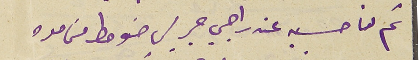
ثم لنا حسبه عند راجي جريس ضومط من مده